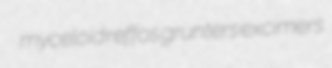
myceloid reffos grunters excimers